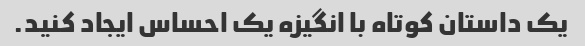
یک داستان کوتاه با انگیزه یک احساس ایجاد کنید.